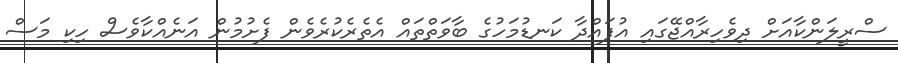
ސްރީލަންކާއަށް ދިވެހިރާއްޖޭގައި އުފައްދާ ކަނޑުމަހުގެ ބާވަތްތައް އެތެރެކުރެވެން ފެށުމުން އަނެއްކާވެސް ހިކި މަސް